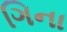
ગિના